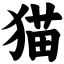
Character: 猫